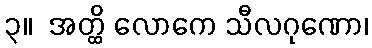
၃။  အတ္ထိ လောကေ သီလဂုဏော၊